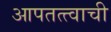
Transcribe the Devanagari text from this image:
आपतत्त्वाची